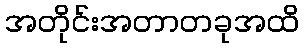
အတိုင်းအတာတခုအထိ